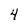
Character: 4